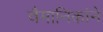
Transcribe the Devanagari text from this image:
वैमानिकांने